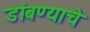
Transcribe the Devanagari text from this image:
डांबण्याचे